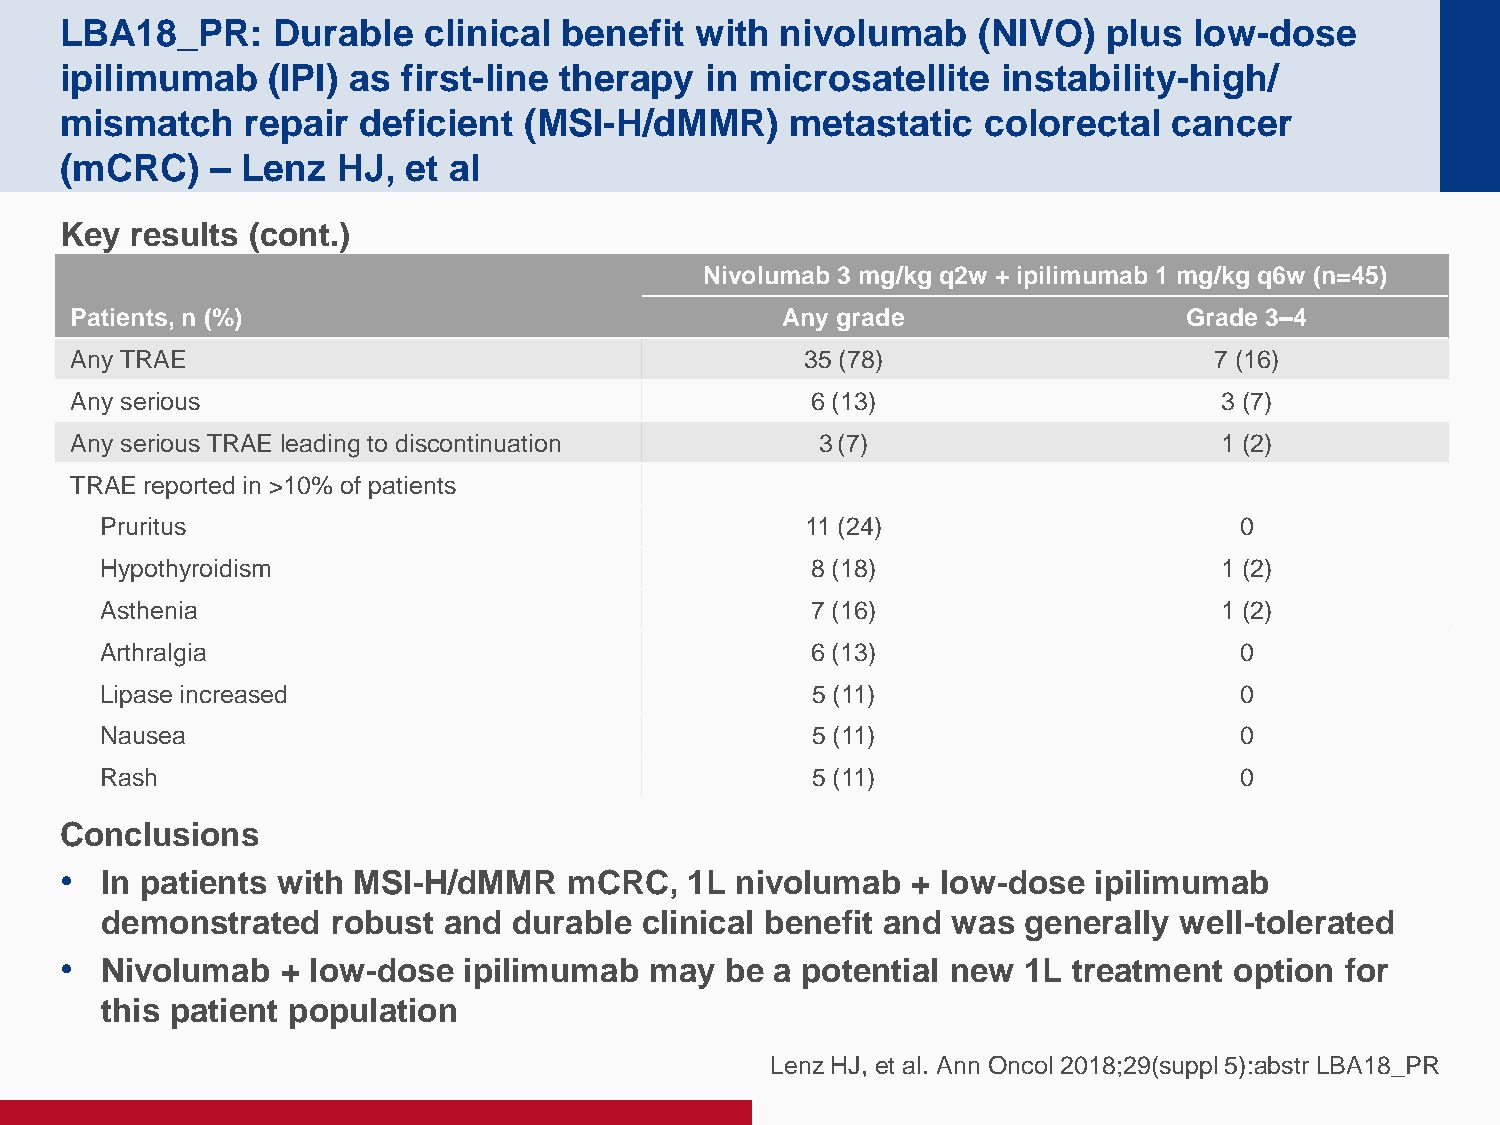
LBA18_PR:     Durable   clinical benefit  with  nivolumab    (NIVO)  plus  low-dose
 ipilimumab    (IPI) as first-line therapy  in microsatellite  instability-high/
 mismatch    repair  deficient  (MSI-H/dMMR)     metastatic   colorectal   cancer
 (mCRC)    – Lenz  HJ,  et al
 Key  results (cont.)
 Nivolumab 3 mg/kg q2w + ipilimumab 1 mg/kg q6w (n=45)
 Patients, n (%)                                Any grade                  Grade 3–4
 Any TRAE                                        35 (78)                    7 (16)
 Any serious                                      6 (13)                     3 (7)
 Any serious TRAE leading to discontinuation      3 (7)                      1 (2)
 TRAE reported in >10% of patients
 P ruritus                                     11 (24)                      0
 H ypothyroidism                                8 (18)                     1 (2)
 Asthenia                                       7 (16)                     1 (2)
 Arthralgia                                     6 (13)                      0
 Lipase increased                               5 (11)                      0
 Nausea                                         5 (11)                      0
 Rash                                           5 (11)                      0
 Conclusions
 •  In patients with MSI-H/dMMR    mCRC,  1L  nivolumab  + low-dose  ipilimumab
 demonstrated   robust and  durable clinical benefit and was  generally well-tolerated
 •  Nivolumab   + low-dose  ipilimumab  may  be a potential new  1L treatment  option for
 this patient population
 Lenz HJ, et al. Ann Oncol 2018;29(suppl 5):abstr LBA18_PR